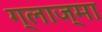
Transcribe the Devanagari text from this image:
ग्लाज्मा